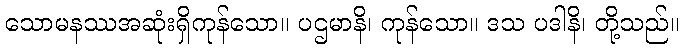
သောမနဿအဆုံးရှိကုန်သော။ ပဌမာနိ၊ ကုန်သော။ ဒသ ပဒါနိ၊ တို့သည်။